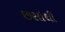
છસોથી